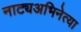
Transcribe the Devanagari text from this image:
नाट्यअभिनेत्या